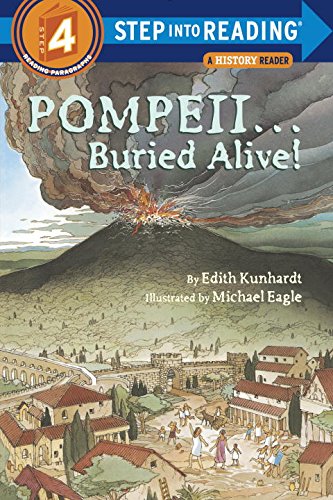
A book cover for Pompeii...Buried Alive! (Step into Reading); Edith Kunhardt Davis; Children's Books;